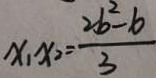
x , x _ { 2 } = \frac { 2 b ^ { 2 } - b } { 3 }